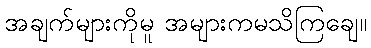
အချက်များကိုမူ အများကမသိကြချေ။